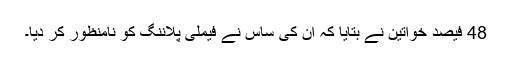
48 فیصد خواتین نے بتایا کہ ان کی ساس نے فیملی پلاننگ کو نامنظور کر دیا۔